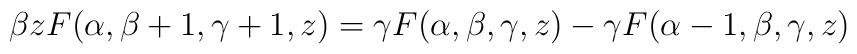
\beta zF (\alpha , \beta +1, \gamma +1, z)=\gamma F (\alpha , \beta ,\gamma , z)-\gamma F (\alpha -1, \beta , \gamma , z)